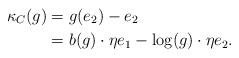
LaTeX: \begin{align*}\kappa_{C}(g) &= g(e_2)-e_2 \\& = b(g)\cdot \eta e_1 - \log(g)\cdot \eta e_2.\end{align*}